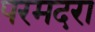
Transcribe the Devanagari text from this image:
परमदरा